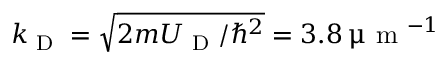
k _ { \textrm { D } } = \sqrt { 2 m U _ { \textrm { D } } / \hbar ^ { 2 } } = 3 . 8 \, \upmu \mathrm { ~ m ~ } ^ { - 1 }